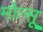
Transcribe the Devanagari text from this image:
मोत्सू